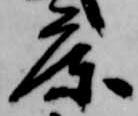
庫